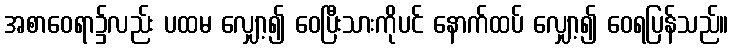
အစာဝေရာ၌လည်း ပထမ လျှော့၍ ဝေပြီးသားကိုပင် နောက်ထပ် လျှော့၍ ဝေရပြန်သည်။